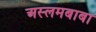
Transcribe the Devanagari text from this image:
अस्लमबाबा